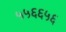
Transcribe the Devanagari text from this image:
५५६६५६